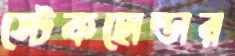
স্টেকহোল্ডার